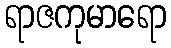
ရာဇကုမာရော